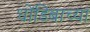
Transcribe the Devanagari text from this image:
धोंडिबाच्या